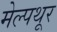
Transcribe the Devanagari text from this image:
मेल्पथूर